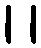
၊ ၊